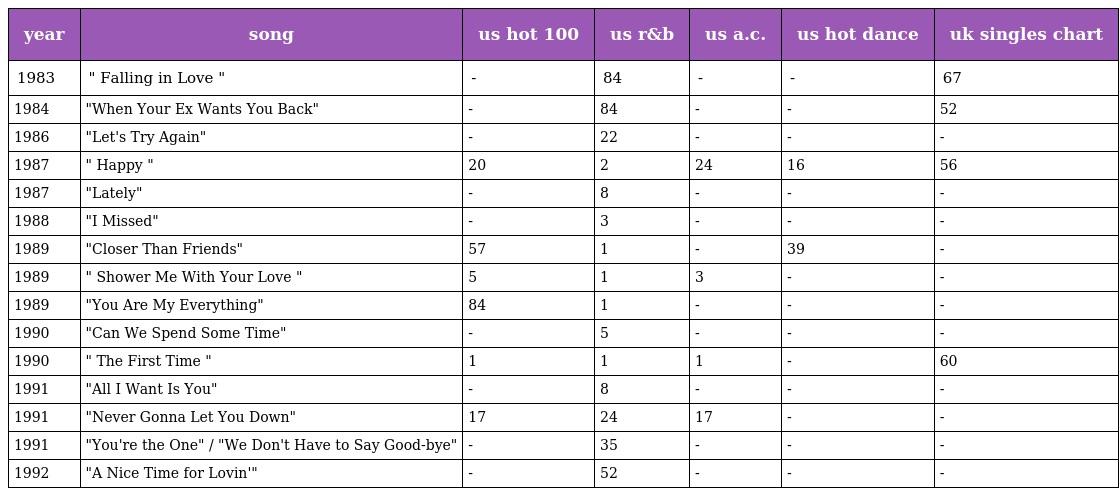
| year | song | us hot 100 | us r&b | us a.c. | us hot dance | uk singles chart |
 | --- | --- | --- | --- | --- | --- | --- |
 | 1983 | " Falling in Love " | - | 84 | - | - | 67 |
 | 1984 | "When Your Ex Wants You Back" | - | 84 | - | - | 52 |
 | 1986 | "Let's Try Again" | - | 22 | - | - | - |
 | 1987 | " Happy " | 20 | 2 | 24 | 16 | 56 |
 | 1987 | "Lately" | - | 8 | - | - | - |
 | 1988 | "I Missed" | - | 3 | - | - | - |
 | 1989 | "Closer Than Friends" | 57 | 1 | - | 39 | - |
 | 1989 | " Shower Me With Your Love " | 5 | 1 | 3 | - | - |
 | 1989 | "You Are My Everything" | 84 | 1 | - | - | - |
 | 1990 | "Can We Spend Some Time" | - | 5 | - | - | - |
 | 1990 | " The First Time " | 1 | 1 | 1 | - | 60 |
 | 1991 | "All I Want Is You" | - | 8 | - | - | - |
 | 1991 | "Never Gonna Let You Down" | 17 | 24 | 17 | - | - |
 | 1991 | "You're the One" / "We Don't Have to Say Good-bye" | - | 35 | - | - | - |
 | 1992 | "A Nice Time for Lovin'" | - | 52 | - | - | - |